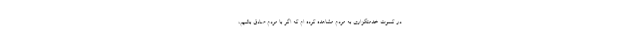
در کسوت خدمتگزاری به مردم مشاهده کرده ام که اگر با مردم صادق باشیم،